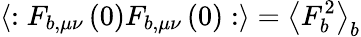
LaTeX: \left\langle:F_{b,\mu\nu}\left(0\right)F_{b,\mu\nu}\left(0\right):\right\rangle=\left\langle F_{b}^{2}\right\rangle_{b}